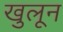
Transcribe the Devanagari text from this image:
खुलून